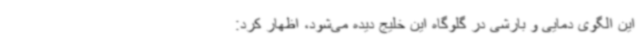
این الگوی دمایی و بارشی در گلوگاه این خلیج دیده می‌شود، اظهار کرد: